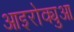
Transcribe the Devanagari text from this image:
आइरोक्युआ